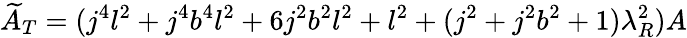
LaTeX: \widetilde{A}_{T}=(j^{4}l^{2}+j^{4}b^{4}l^{2}+6j^{2}b^{2}l^{2}+l^{2}+(j^{2}+j^{2}b^{2}+1)\lambda_{R}^{2})A